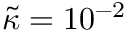
\widetilde { \kappa } = 1 0 ^ { - 2 }